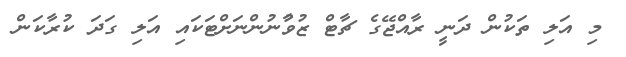
މި އަލި ތަކުން ދަނީ ރާއްޖޭގެ ޗާޓް ޒުވާުނުންނަށްޓަކައި އަލި ގަދަ ކުރާކަން